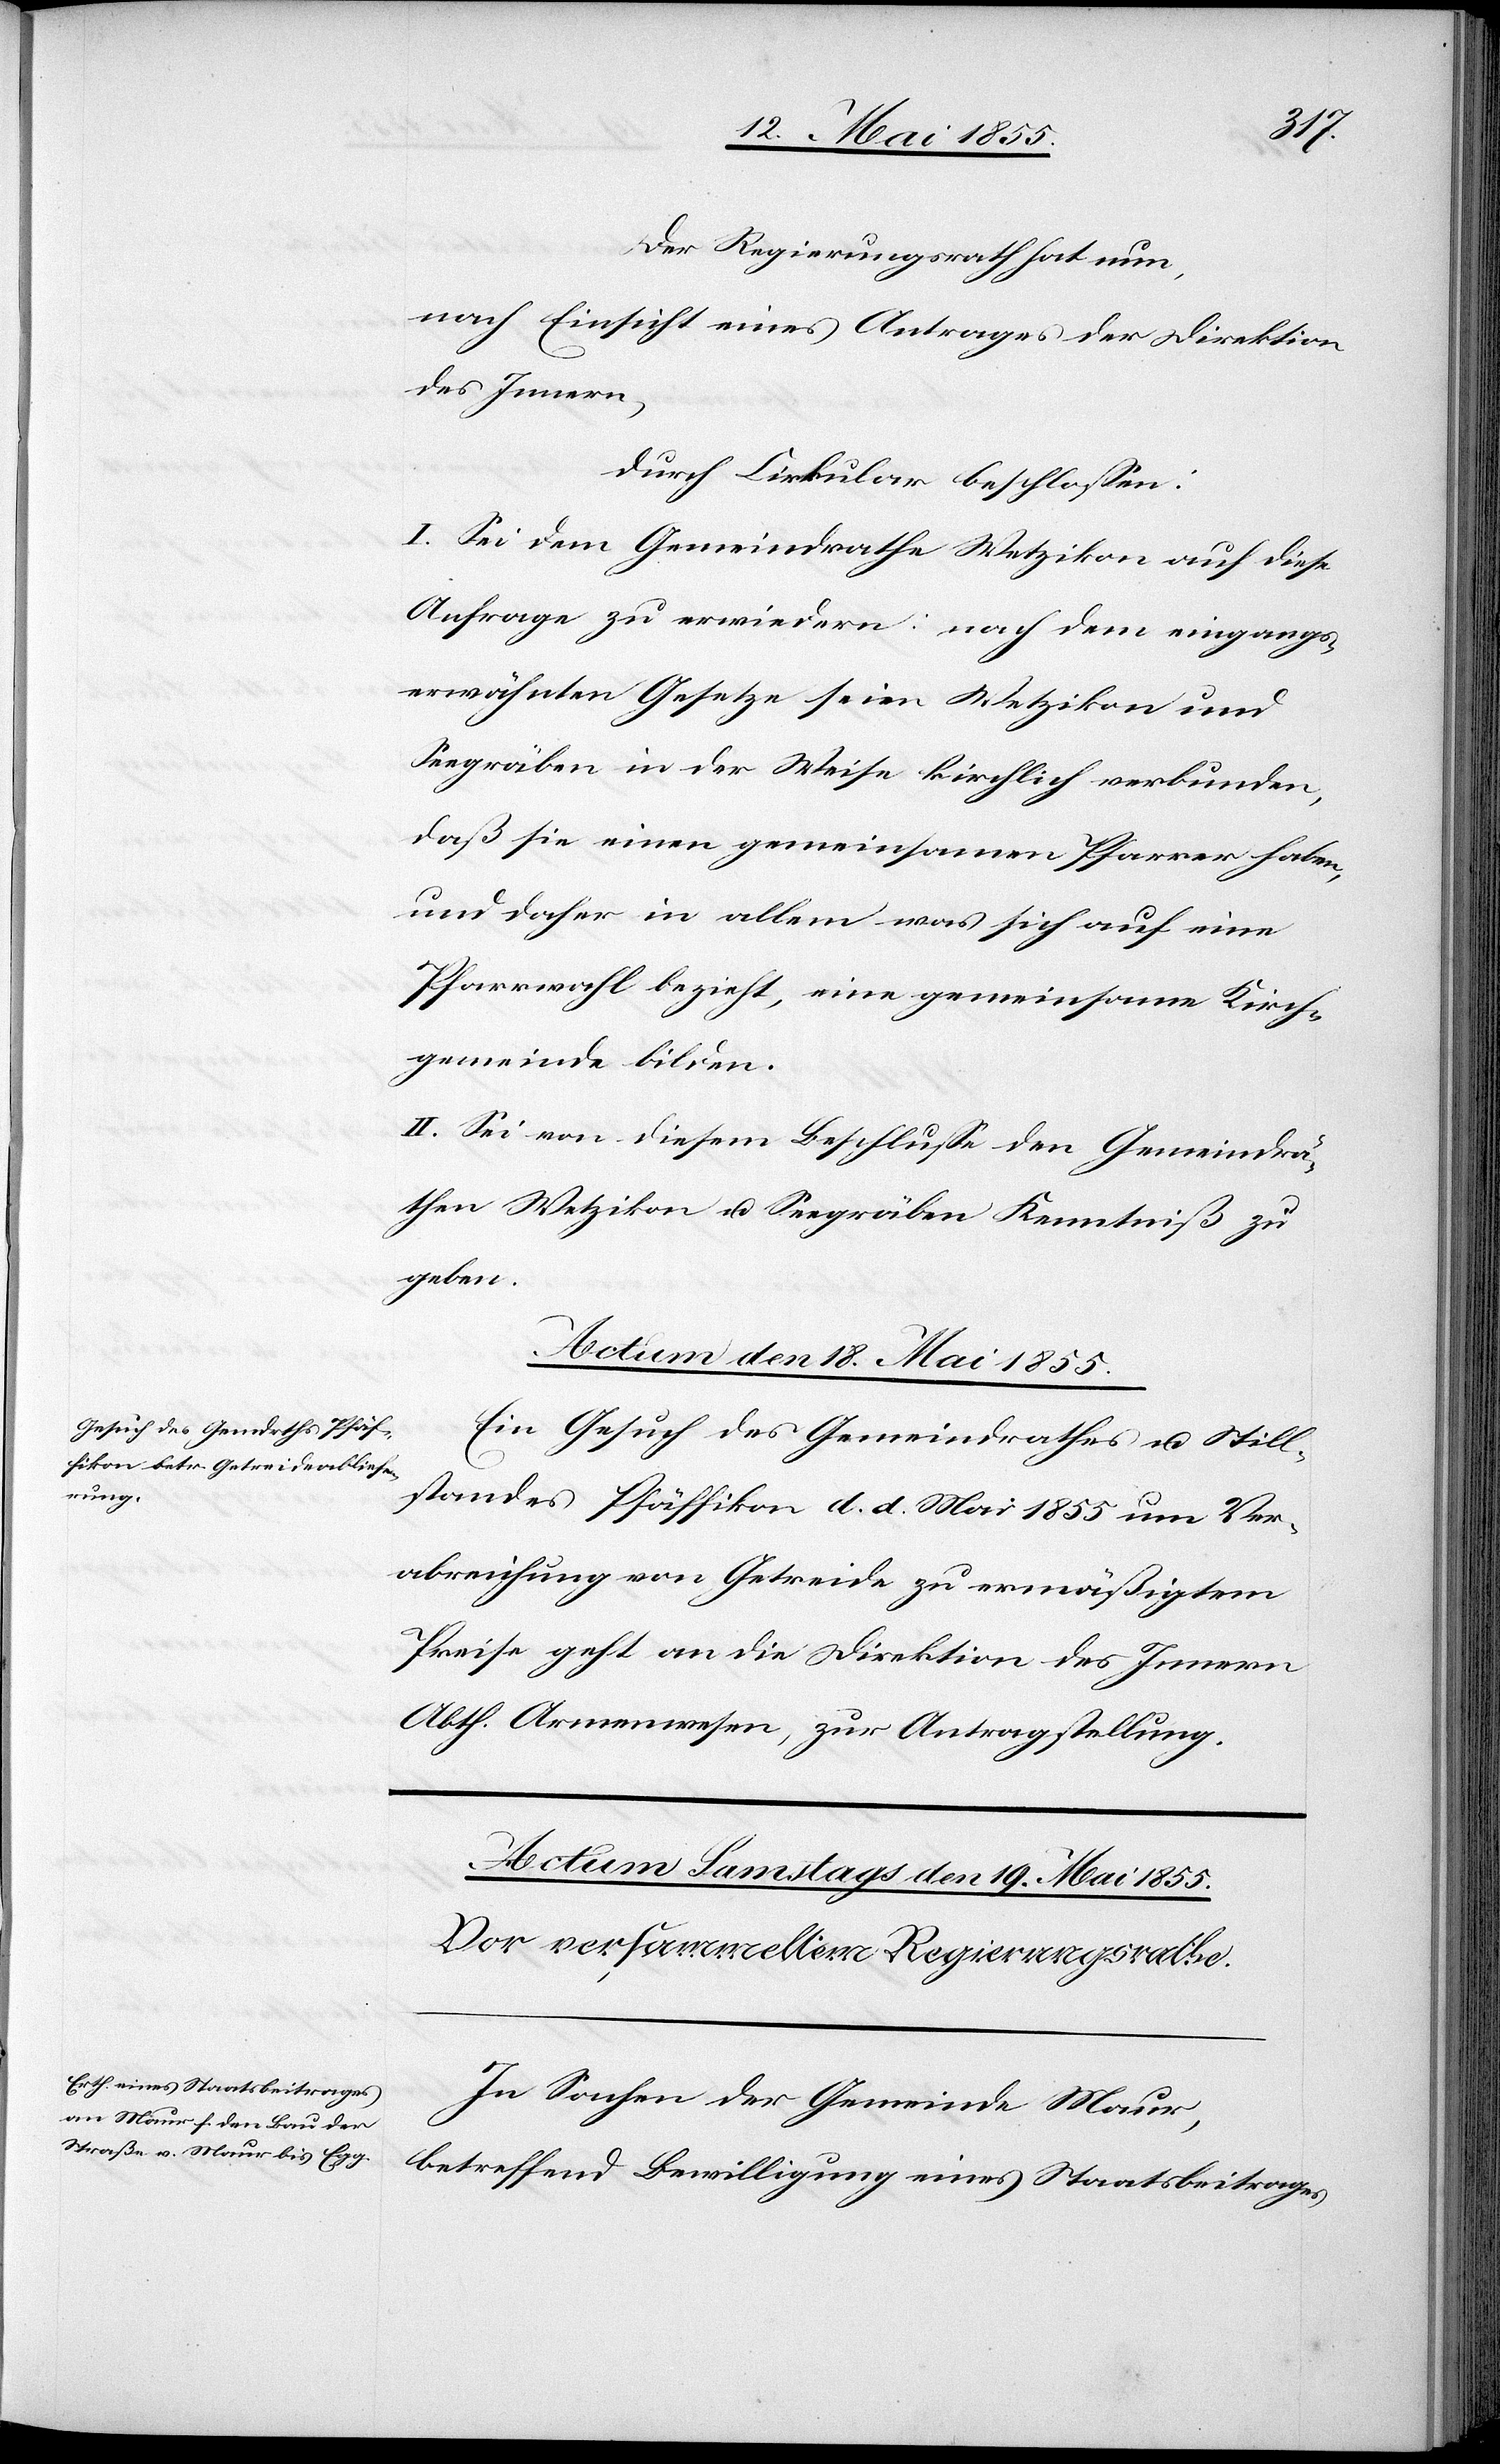
Der Regierungsrath hat nun,
nach Einsicht eines Antrages der Direktion
des Innern,
durch Cirkular beschlossen:
I. Sei dem Gemeindrathe Wetzikon auf diese
Anfrage zu erwiedern: nach dem eingangs¬
erwähnten Gesetze seien Wetzikon und
Seegräben in der Weise kirchlich verbunden,
daß sie einen gemeinsamen Pfarrer haben,
und daher in allem was sich auf eine
Pfarrwahl bezieht, eine gemeinsame Kirch¬
gemeinde bilden.
II. Sei von diesem Beschlusse den Gemeindrä¬
then Wetzikon u. Seegräben Kenntniß zu
geben.
Actum den 18. Mai 1855.
Ein Gesuch des Gemeindrathes u. Still¬
standes Pfäffikon d. d. Mai 1855 um Ver¬
abreichung von Getreide zu ermäßigtem
Preise geht an die Direktion des Innern
Abth. Armenwesen, zur Antragstellung.
In Sachen der Gemeinde Maur,
betreffend Bewilligung eines Staatsbeitrages